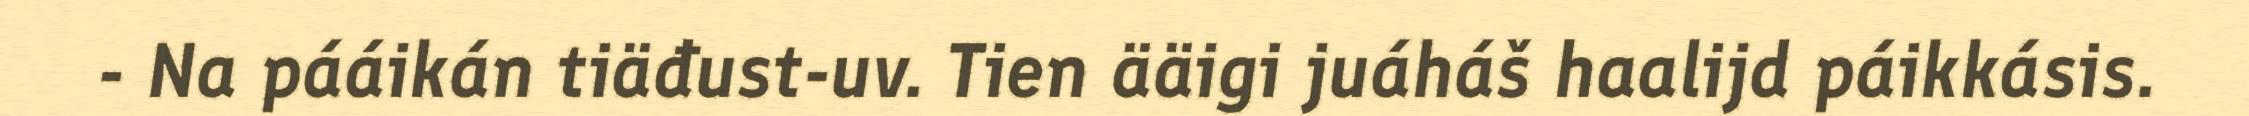
- Na pááikán tiäđust-uv. Tien ääigi juáháš haalijd páikkásis.